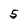
Character: 5